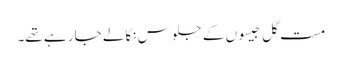
مست گل جیسوں کے جلوس نکالے جا رہے تھے۔